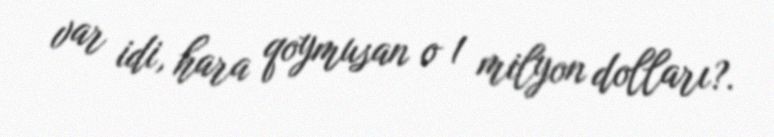
var idi, hara qoymusan o 1 milyon dolları?.